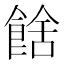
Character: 𩜉